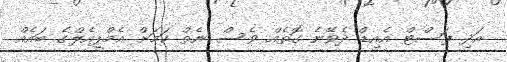
އަދި ފަސްޓް އެއިޑް ދެވޭނެ ގޮތެއް ވެސް ނެތް ކަމަށް އެމްޕީއެލްގެ ބައެއް